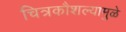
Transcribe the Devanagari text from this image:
चित्रकौशल्यामुळे